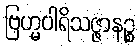
ဗြဟ္မပါရိသဇ္ဇာနဉ္စ